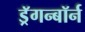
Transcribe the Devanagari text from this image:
ड्रॅगन्बॉर्न